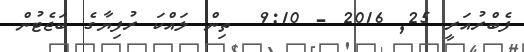
ފެބްރުއަރީ 25